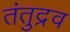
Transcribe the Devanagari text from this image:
तंतुद्रव